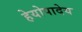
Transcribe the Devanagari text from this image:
हेयोपादेय